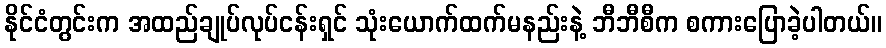
နိုင်ငံတွင်းက အထည်ချုပ်လုပ်ငန်းရှင် သုံးယောက်ထက်မနည်းနဲ့ ဘီဘီစီက စကားပြောခဲ့ပါတယ်။